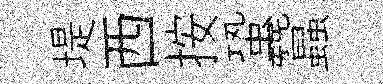
堤西按蛩蠶